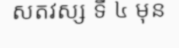
សតវស្ស ទី ៤ មុន